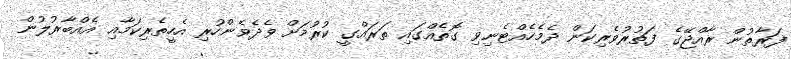
ފަރާތުން ރާއްޖޭގެ ފަތުރުވެރިކަން ދެމެހެއްޓެނިވި ގޮތެއްގައި ތަރައްގީ ކުރުމަށް ވެދެވެންހުރި އެހީތެރިކަމާއި އެއްބާރުލުން